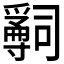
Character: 𤔺